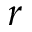
r